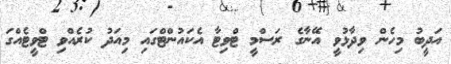
އަދީބު މިހެން ވިދާޅުވީ އޭނާގެ ރަސްމީ ޓްވިޓާ އެކައުންޓްގައި މިއަދު ކުރެއްވި ޓްވީޓެއްގަ